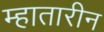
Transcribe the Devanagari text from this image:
म्हातारीन